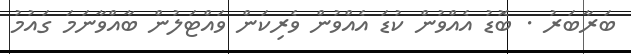
ބަރާބަރު . ބޮޑު އެއްވުން ކުޑަ އެއްވުން ވެރިކަން ވައްޓަލުން ބާއްވާނަމަ ގައުމު